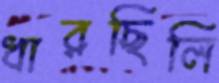
ধারছিলি